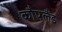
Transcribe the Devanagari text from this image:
कौपलैंड